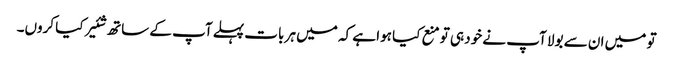
تو میں ان سے بولا آپ نے خود ہی تو منع کیا ہوا ہے کہ میں ہر بات پہلے آپ کے ساتھ شئیر کیا کروں۔